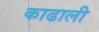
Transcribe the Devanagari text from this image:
काढाली